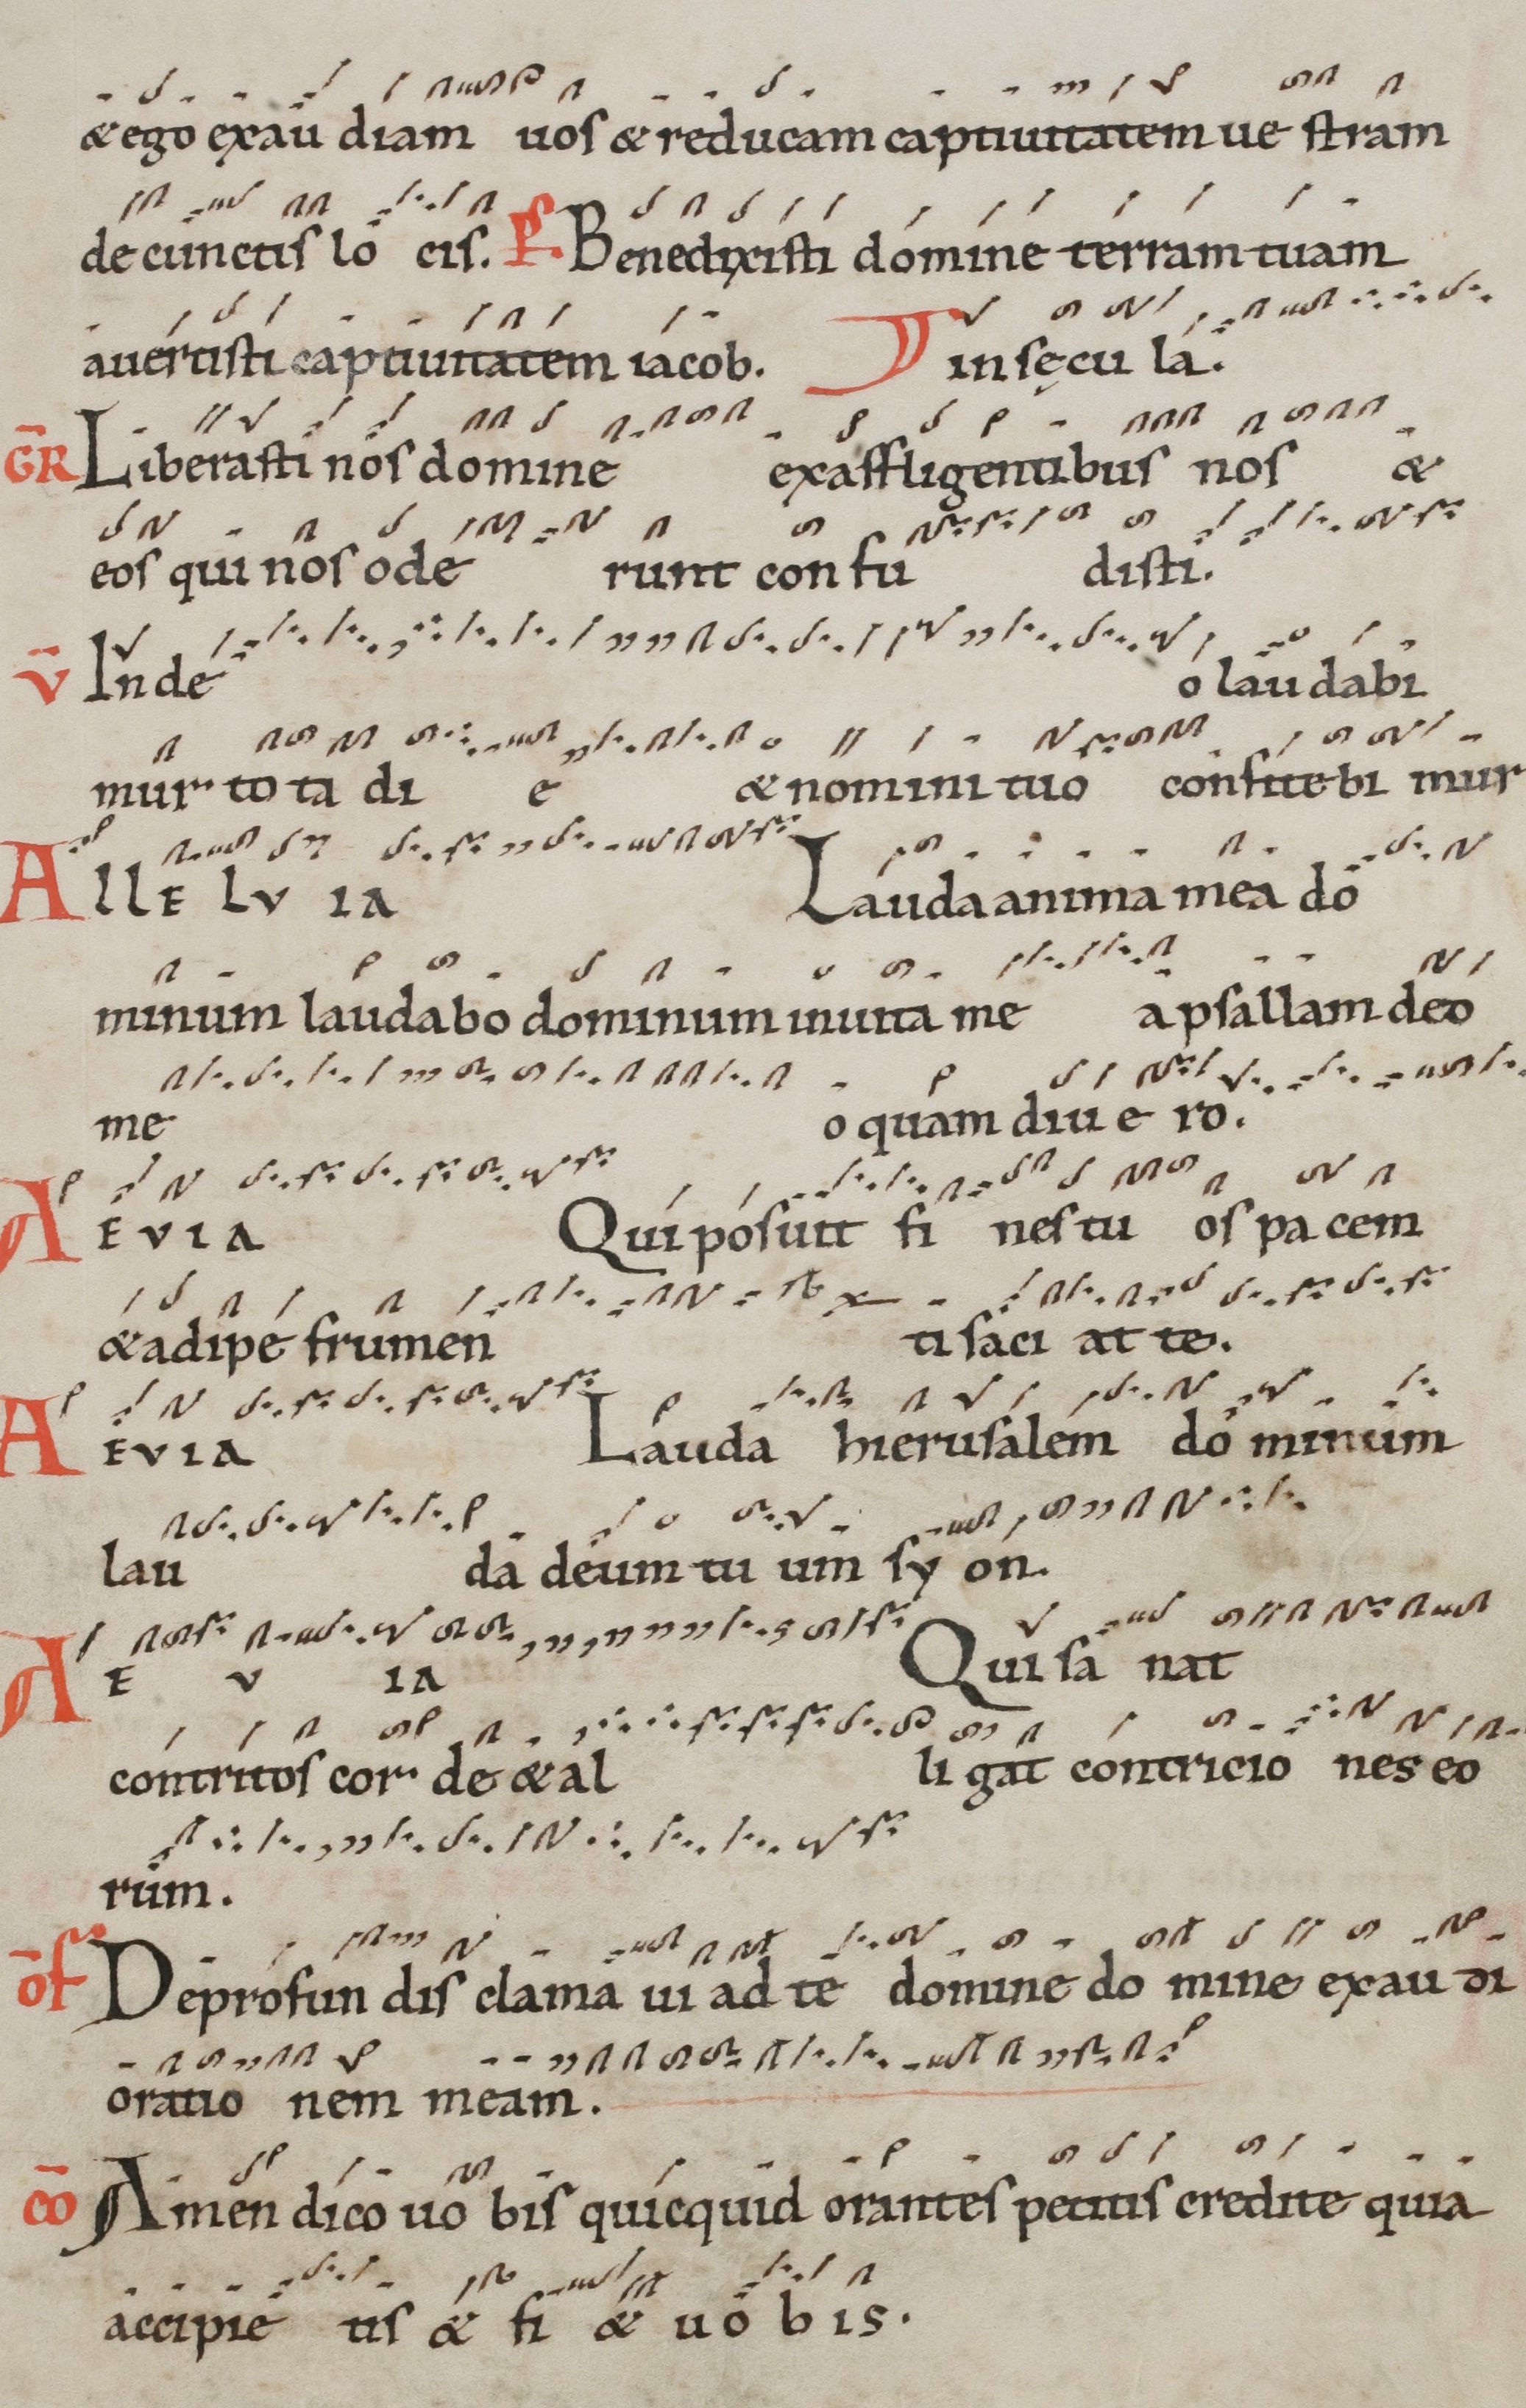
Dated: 1100–1199